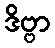
ဒိဗ္ဗာ